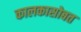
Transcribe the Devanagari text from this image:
कालकासोबत